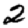
Digit: 2